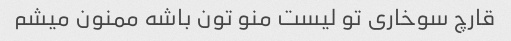
قارچ سوخاری تو لیست منو تون باشه ممنون میشم